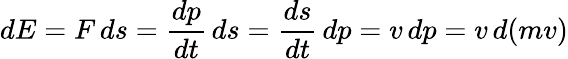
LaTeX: dE=F\, ds={\frac{dp}{dt}}\, ds={\frac{ds}{dt}}\, dp=v\, dp=v\, d(mv)